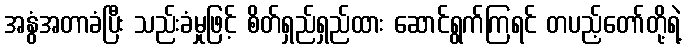
အနွံအတာခံပြီး သည်းခံမှုဖြင့် စိတ်ရှည်ရှည်ထား ဆောင်ရွက်ကြရင် တပည့်တော်တို့ရဲ့